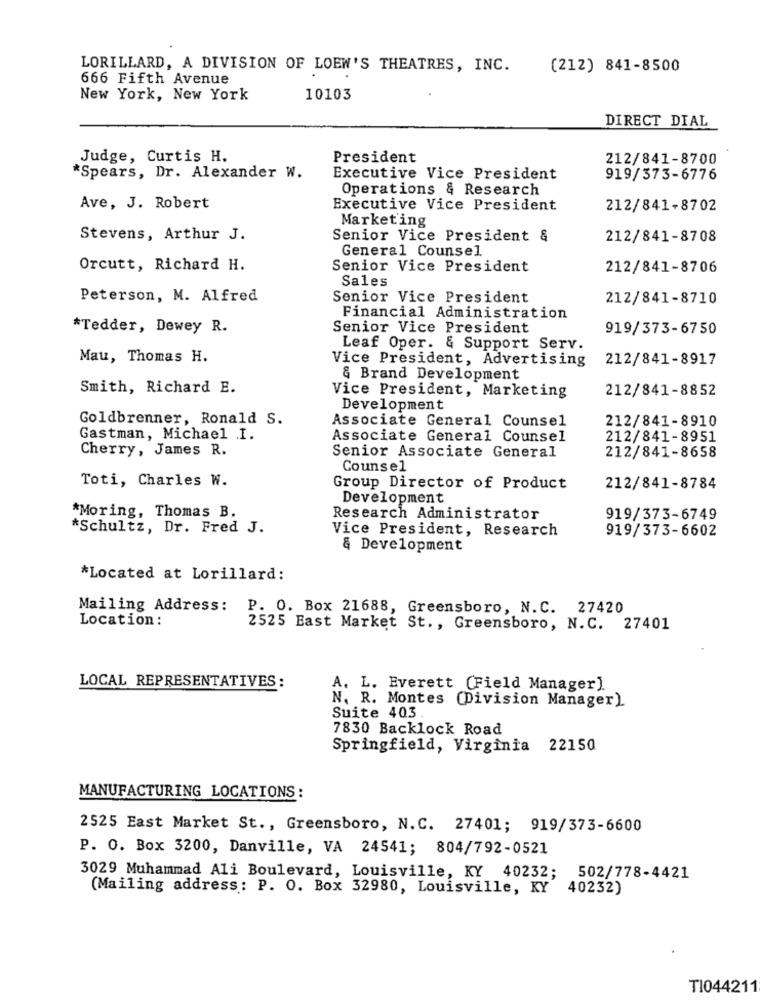
LORILLARD, A DIVISION OF LOEW'S THEATRES, INC.
(212) 841-8500
666 Fifth Avenue
New York, New York
10103
DIRECT DIAL
Judge, Curtis H.
President
212/841-8700
*Spears, Dr. Alexander W.
Executive Vice President
919/373-6776
Operations & Research
Ave, J. Robert
Executive Vice President
212/841-8702
Marketing
Stevens, Arthur J.
Senior Vice President &
212/841-8708
General Counsel
Orcutt, Richard H.
Senior Vice President
212/841-8706
Sales
Peterson, M. Alfred
Senior Vice President
212/841-8710
Financial Administration
*Tedder, Dewey R.
Senior Vice President
919/373-6750
Leaf Oper. & Support Serv.
Mau, Thomas H.
Vice President, Advertising
212/841-8917
& Brand Development
Smith, Richard E.
212/841-8852
Vice President, Marketing
Development
Goldbrenner, Ronald S.
Associate General Counsel
212/841-8910
Gastman, Michael .I.
Associate General Counsel
212/841-8951
Cherry, James R.
212/841-8658
Senior Associate General
Counsel
Toti, Charles W.
Group Director of Product
212/841-8784
Development
*Moring, Thomas B.
Research Administrator
919/373-6749
*Schultz, Dr. Fred J.
Vice President, Research
919/373-6602
& Development
*Located at Lorillard:
Mailing Address:
P. O. Box 21688, Greensboro, N.C. 27420
Location :
2525 East Market St ., Greensboro, N.C. 27401
LOCAL REPRESENTATIVES :
A. L. Everett (Field Manager)
N. R. Montes (Division Manager)
Suite 403
7830 Backlock Road
Springfield, Virginia 22150
MANUFACTURING LOCATIONS :
2525 East Market St ., Greensboro, N.C. 27401; 919/373-6600
P. O. Box 3200, Danville, VA 24541; 804/792-0521
3029 Muhammad Ali Boulevard, Louisville, KY 40232; 502/778-4421
(Mailing address: P. O. Box 32980, Louisville, KY 40232)
T1044211